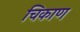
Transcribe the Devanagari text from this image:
चिकाण